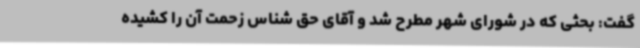
گفت: بحثی که در شورای شهر مطرح شد و آقای حق شناس زحمت آن را کشیده